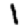
Digit: 1